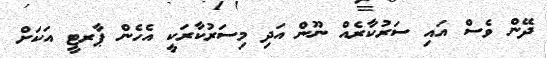
ދޭން ވެސް އައި ސަރުކާރެއް ނޫން އަދި މިސަރުކާރަކީ އެހެން ޕާރޓީ އަކަށް